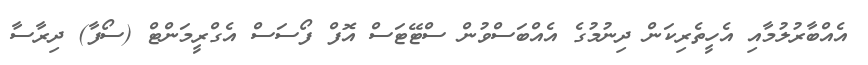
އެއްބާރުލުމާއި އެހީތެރިކަން ދިނުމުގެ އެއްބަސްވުން ސްޓޭޓަސް އޮފް ފޯސަސް އެގްރީމަންޓް (ސޯފާ) ދިރާސާ